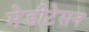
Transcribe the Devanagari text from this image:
मेडीटेसन